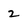
Character: 2